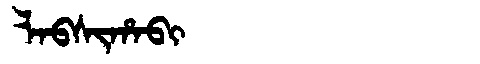
Manchu: ᠯᠠᠪᠰᡳᡥᠠᠪᡳ
Romanization: LABSIHABI